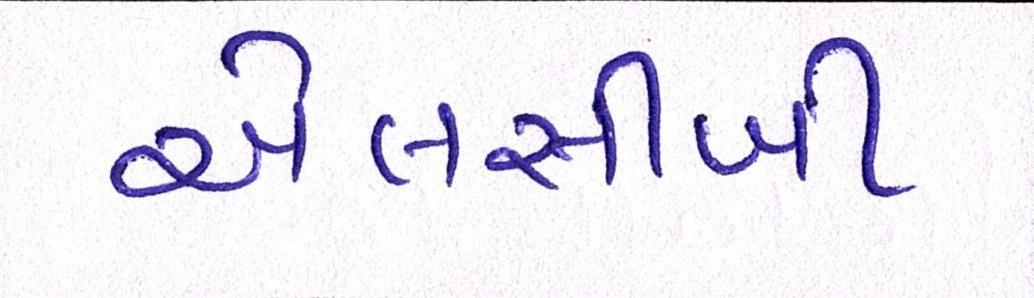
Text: એલસીબી